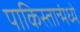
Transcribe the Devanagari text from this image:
पाकिस्तान्मंध्ये